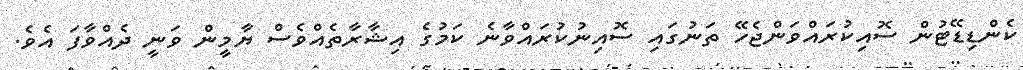
ކެންޑިޑޭޓުން ސޮއިކުރައްވަންޖެހޭ ތަނުގައި ސޮއިނުކުރައްވާނެ ކަމުގެ އިޝާރާތެއްވެސް ޔާމީން ވަނީ ދެއްވާފަ އެވެ.